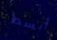
أبسط